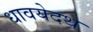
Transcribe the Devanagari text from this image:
धावयेदथ